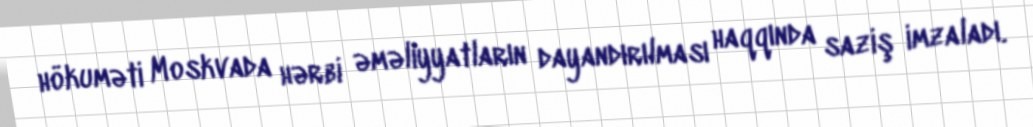
hökuməti Moskvada hərbi əməliyyatların dayandırılması haqqında saziş imzaladı.